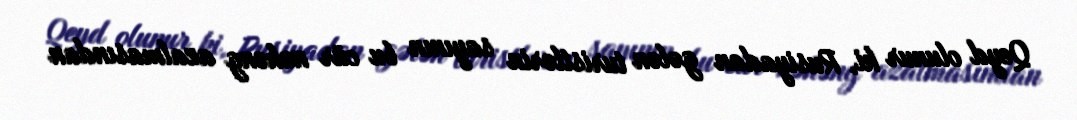
Qeyd olunur ki, Rusiyadan gələn turistlərin sayının bu cür nəhəng azalmasından